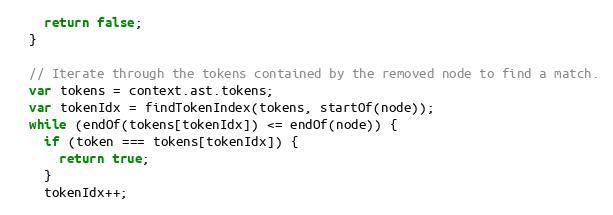
Language: JavaScript
    return false;
  }

  // Iterate through the tokens contained by the removed node to find a match.
  var tokens = context.ast.tokens;
  var tokenIdx = findTokenIndex(tokens, startOf(node));
  while (endOf(tokens[tokenIdx]) <= endOf(node)) {
    if (token === tokens[tokenIdx]) {
      return true;
    }
    tokenIdx++;